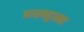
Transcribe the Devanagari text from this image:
हास्यदुखद